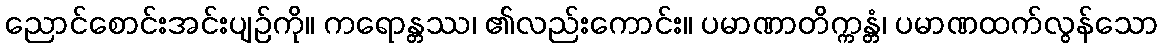
ညောင်စောင်းအင်းပျဉ်ကို။ ကရောန္တဿ၊ ၏လည်းကောင်း။ ပမာဏာတိက္ကန္တံ၊ ပမာဏထက်လွန်သော